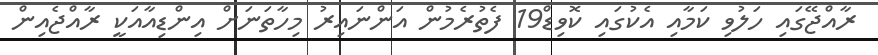
ރާއްޖޭގައި ހަލުވި ކަމާއި އެކުގައި ކޮވިޑް19 ފެތުރެމުން އަންނައިރު މިހާތަނަށް އިންޑިއާއަކީ ރާއްޖެއިން